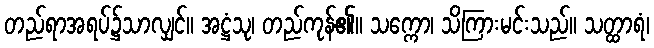
တည်ရာအရပ်၌သာလျှင်။ အဋ္ဌံသု၊ တည်ကုန်၏။ သက္ကော၊ သိကြားမင်းသည်။ သတ္ထာရံ၊